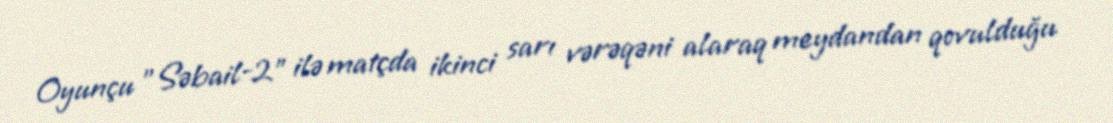
Oyunçu "Səbail-2" ilə matçda ikinci sarı vərəqəni alaraq meydandan qovulduğu